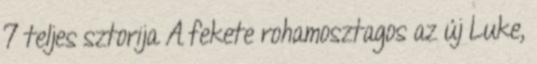
7 teljes sztorija A fekete rohamosztagos az új Luke,